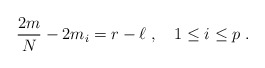
\begin{align*}{2m\over N} - 2m_i =r-\ell\;, \quad 1\leq i \leq p \;.\end{align*}